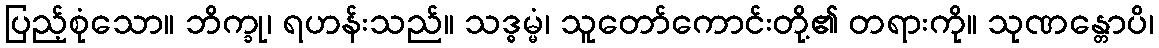
ပြည့်စုံသော။ ဘိက္ခု၊ ရဟန်းသည်။ သဒ္ဓမ္မံ၊ သူတော်ကောင်းတို့၏ တရားကို။ သုဏန္တောပိ၊